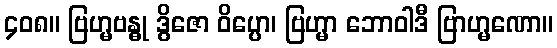
၄၀၈။ ဗြဟ္မဗန္ဓု ဒွိဇော ဝိပ္ပော၊ ဗြဟ္မာ ဘောဝါဒီ ဗြာဟ္မဏော။